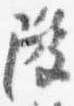
隆